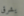
يشرق